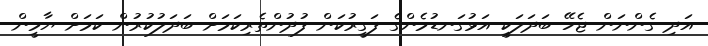
އަދި ގެންނަން ޖެހޭ ބަދަލަކީ އަޅުގަނޑުމެންގެ ފަގީރުކަން ފުދުންތެރިކަމަށް ބަދަލުކުރުން ކަމަށް ޔާމީން